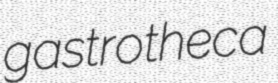
gastrotheca